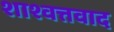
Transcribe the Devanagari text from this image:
शाश्वत्तवाद